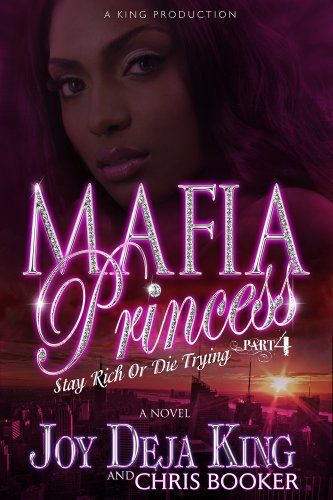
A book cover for Mafia Princess Part 4 (Stay Rich Or Die Trying); Joy Deja King; Literature & Fiction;